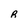
Character: R